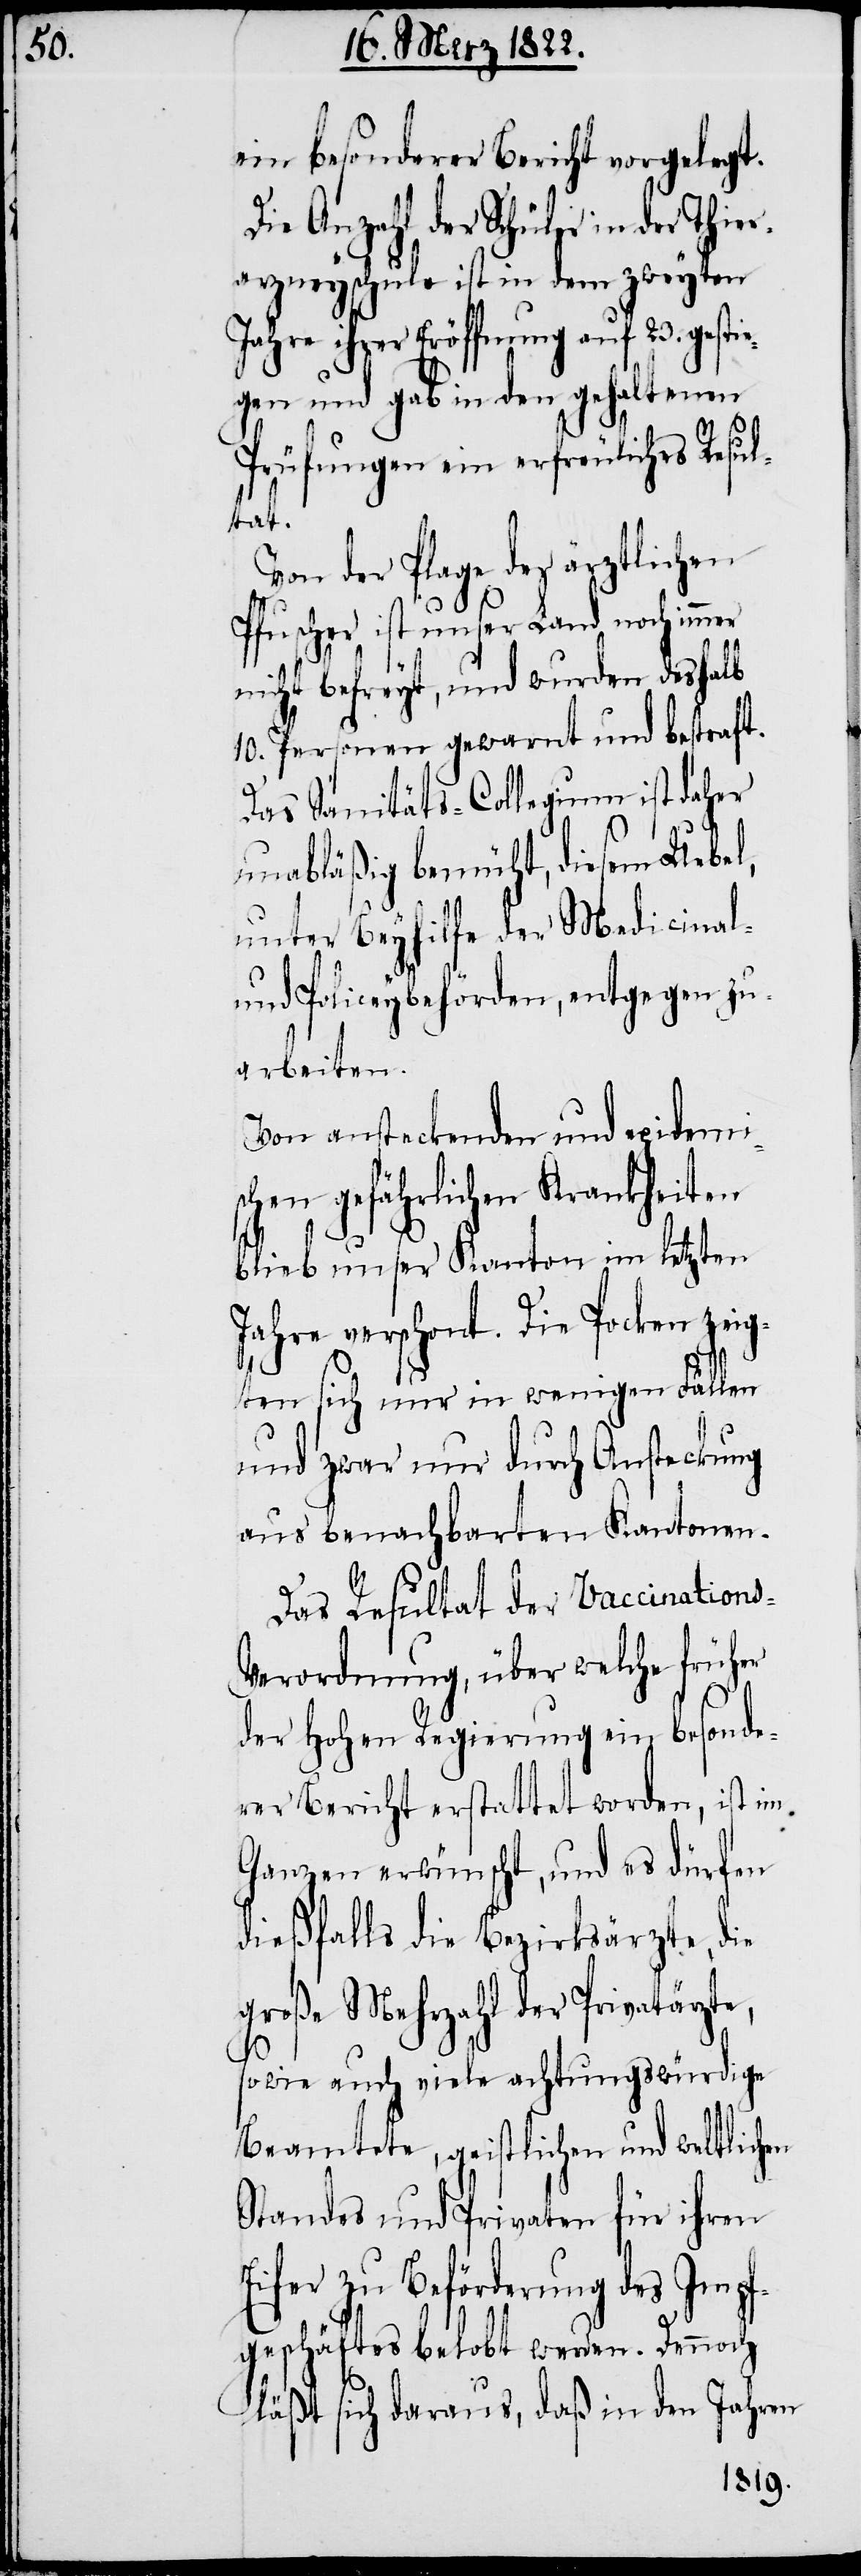
ein besonderer Bericht vorgelegt.
Die Anzahl der Schüler in der Thie¬
rarzneyschule ist in dem zweyten
Jahre ihrer Eröffnung auf 23. gesti¬
egen und gab in den gehaltenen
Prüfungen ein erfreuliches Resul¬
tat.
Von der Plage der ärztlichen
Pfuscher ist unser Land noch immer
nicht befreyt, und wurden deshalb
10. Personen gewarnt und bestraft.
Das Sanitäts-Collegium ist daher
unabläßig bemüht, diesem Uebel,
unter Beyhilfe der Medicinal-
und Policeybehörden, entgegen zu
arbeiten.
Von ansteckenden und epidemi¬
schen gefährlichen Krankheiten
blieb unser Kanton im letzten
Jahre verschont. Die Pocken zeig¬
ten sich nur in wenigen Fällen
und zwar nur durch Ansteckung
aus benachbarten Kantonen.
Das Resultat der Vaccinations-V¬
erordnung, über welche früher
der hohen Regierung ein besonde¬
rer Bericht erstattet worden, ist im
Ganzen erwünscht, und es dürfen
dießfalls die Bezirksärzte, die
große Mehrzahl der Privatärzte,
sowie auch viele achtungswürdige
Beamtete, geistlichen und weltlichen
Standes und Privaten für ihren
Eifer zu Beförderung des Impf¬
geschäftes belobt werden. Dennoch
läßt sich daraus, daß in den Jahren